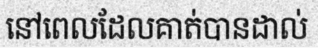
នៅពេលដែលគាត់បានដាល់